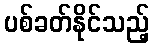
ပစ်ခတ်နိုင်သည့်